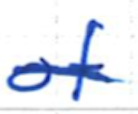
Text: of
Cross-out: mix
Writing tool: ballpoint